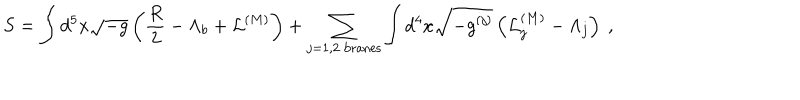
LaTeX: S = \int d ^ { 5 } x \sqrt { - g } \left( { \frac { R } { 2 } } - \Lambda _ { b } + { \cal L } ^ { ( M ) } \right) + \sum _ { j = 1 , 2 \ \mathrm { b r a n e s } } \int d ^ { 4 } x \sqrt { - g ^ { ( j ) } } \left( { \cal L } _ { j } ^ { ( M ) } - \Lambda _ { j } \right) ~ ,